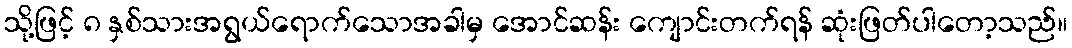
သို့ဖြင့် ၈ နှစ်သားအရွယ်ရောက်သောအခါမှ အောင်ဆန်း ကျောင်းတက်ရန် ဆုံးဖြတ်ပါတော့သည်။